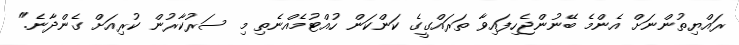
ރައްޔިތުންނަށް އެންމެ ބޭނުންޖެހިފައިވާ ތަރައްގީގެ ކަންކަން ހުއްޓުމެއްނެތި މި ސަރުކާރުން ކުރިއަށް ގެންދާނެ."